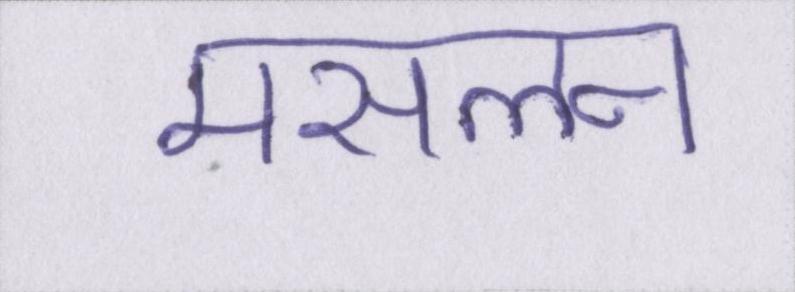
मसलन